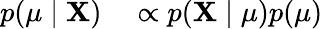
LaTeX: \begin{array}{rl}{p(\mu\mid\mathbf{X})}&{{}\propto p(\mathbf{X}\mid\mu)p(\mu)}\end{array}